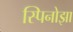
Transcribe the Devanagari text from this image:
स्पिनोझा